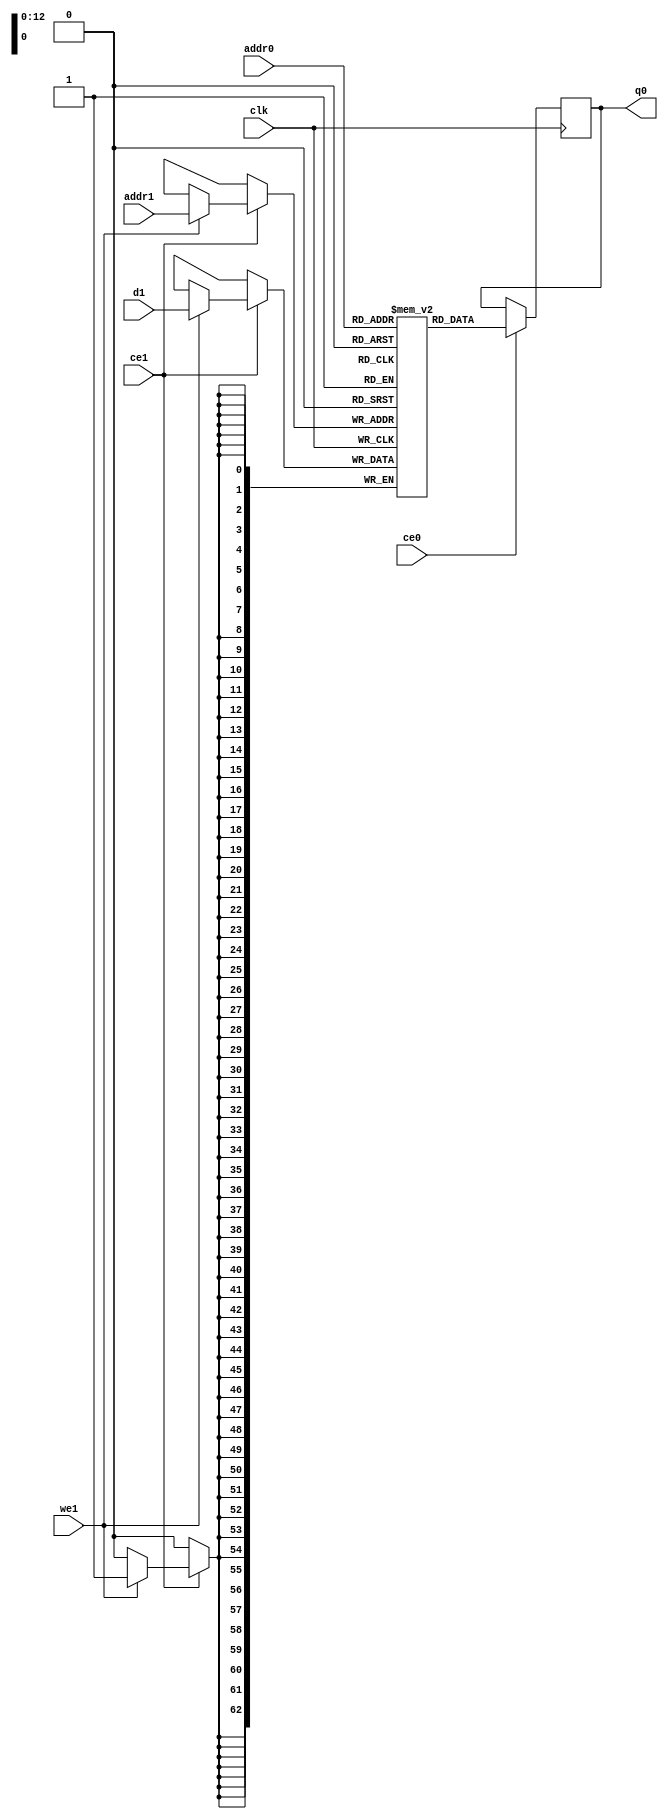
// ==============================================================
// Vitis HLS - High-Level Synthesis from C, C++ and OpenCL v2020.2 (64-bit)
// Copyright 1986-2020 Xilinx, Inc. All Rights Reserved.
// ==============================================================
`timescale 1 ns / 1 ps
module rx_qp_msn_V_ram (addr0, ce0, q0, addr1, ce1, d1, we1,  clk);

parameter DWIDTH = 63;
parameter AWIDTH = 13;
parameter MEM_SIZE = 8192;

input[AWIDTH-1:0] addr0;
input ce0;
output reg[DWIDTH-1:0] q0;
input[AWIDTH-1:0] addr1;
input ce1;
input[DWIDTH-1:0] d1;
input we1;
input clk;

(* ram_style = "hls_ultra", cascade_height = 1 *)reg [DWIDTH-1:0] ram[0:MEM_SIZE-1];




always @(posedge clk)  
begin 
    if (ce0) begin
        q0 <= ram[addr0];
    end
end


always @(posedge clk)  
begin 
    if (ce1) begin
        if (we1) 
            ram[addr1] <= d1; 
    end
end


endmodule